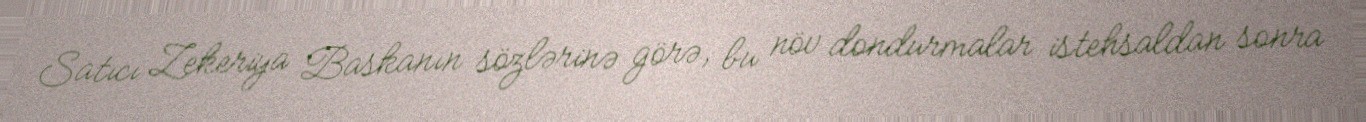
Satıcı Zekeriya Baskanın sözlərinə görə, bu növ dondurmalar istehsaldan sonra